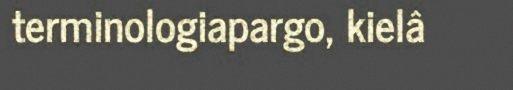
terminologiapargo, kielâ